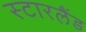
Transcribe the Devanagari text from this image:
स्टारलैंड